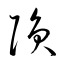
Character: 隕